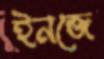
ইনজে